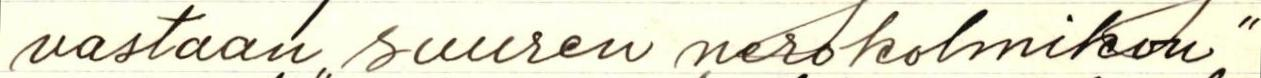
vastaan ,,suuren nerokolmikon"